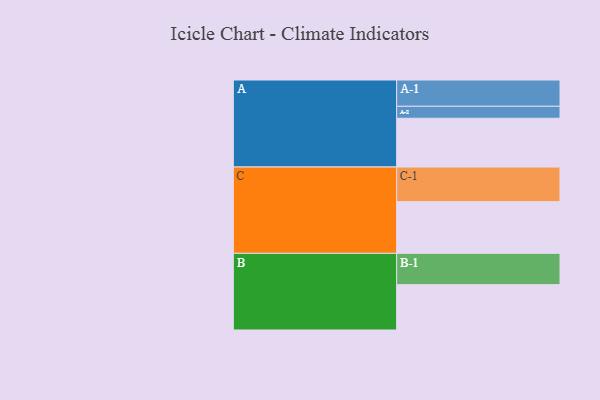
{"axis": {"x": "Segment", "y": "Value"}, "legend": ["", "A", "B", "C"], "data": [{"x": "A", "y": 419, "type": ""}, {"x": "B", "y": 390, "type": ""}, {"x": "C", "y": 444, "type": ""}, {"x": "A-1", "y": 226, "type": "A"}, {"x": "A-2", "y": 103, "type": "A"}, {"x": "B-1", "y": 269, "type": "B"}, {"x": "C-1", "y": 298, "type": "C"}]}